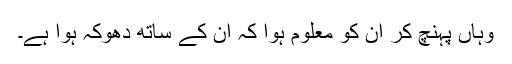
وہاں پہنچ کر ان کو معلوم ہوا کہ ان کے ساتھ دھوکہ ہوا ہے۔